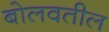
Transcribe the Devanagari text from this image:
बोलवतील